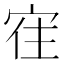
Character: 𰍀